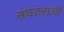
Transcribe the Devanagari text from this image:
संघटनाओं